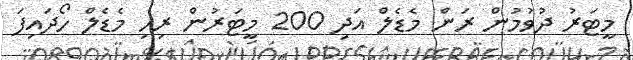
މީޓަރު ދުވުމުން ރަން މެޑެލް އަދި 200 މީޓަރުން ރިހި މެޑެލް ހޯދައިފަ